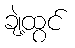
ချဲ့ထွင်